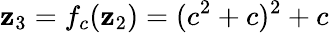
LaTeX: \mathbf{z}_{3}=f_{c}(\mathbf{z}_{2})=(c^{2}+c)^{2}+c